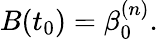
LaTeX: B(t_{0})=\beta_{0}^{(n)}.